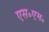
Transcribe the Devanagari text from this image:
एस॰एम॰